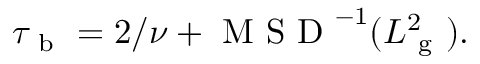
\tau _ { \mathrm { ~ b ~ } } = 2 / \nu + \mathrm { ~ M ~ S ~ D ~ } ^ { - 1 } ( L _ { \mathrm { ~ g ~ } } ^ { 2 } ) .